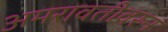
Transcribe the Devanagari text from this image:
अमरावतीवरुन